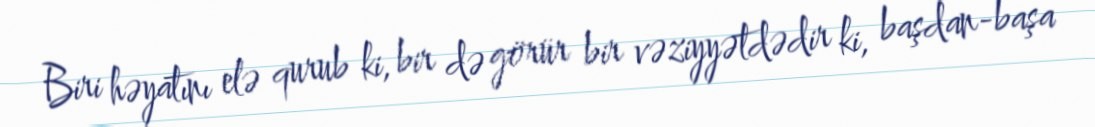
Biri həyatını elə qurub ki, bir də görür bir vəziyyətdədir ki, başdan-başa